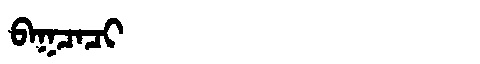
Manchu: ᠪᠠᡴᠴᠠᠴᡳ
Romanization: BAKCACI